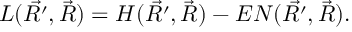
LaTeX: { \cal L } ( \vec { R ^ { \prime } } , \vec { R } ) = { \cal H } ( \vec { R ^ { \prime } } , \vec { R } ) - E { \cal N } ( \vec { R ^ { \prime } } , \vec { R } ) .